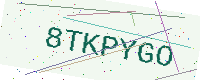
Text: 8TKPYGO